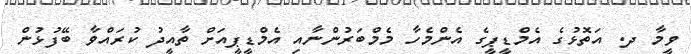
ވީމާ ދ. އަތޮޅުގެ އެމްޑީޕީގެ އެންމެހާ މެމްބަރުންނާއި އެމްޑީޕީއަށް ތާއީދު ކުރައްވާ ބޭފުޅުން